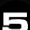
Digit: 5